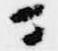
ニ